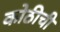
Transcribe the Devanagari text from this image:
कोठीची